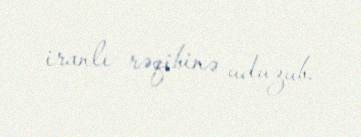
iranlı rəqibinə uduzub.